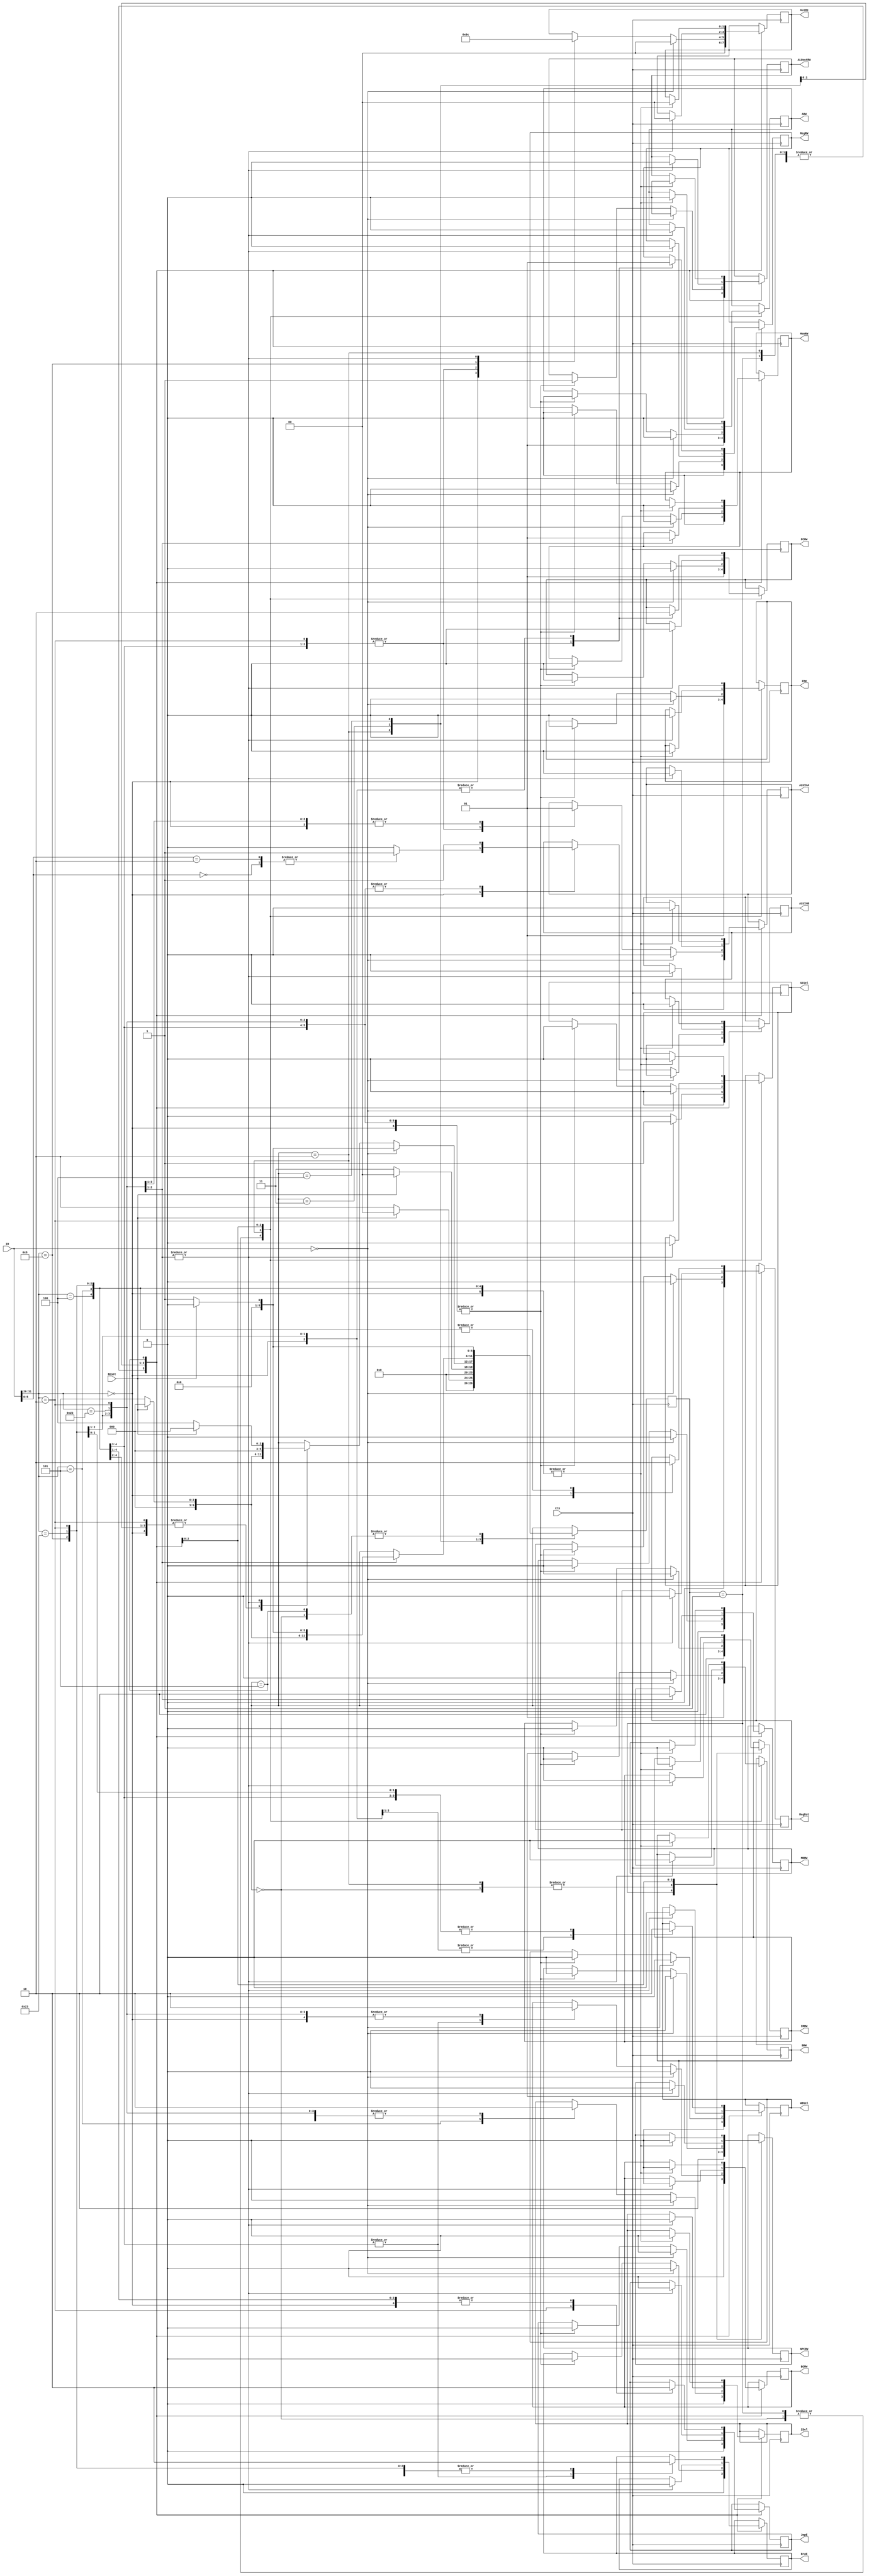
//`include "sdlx.h"
//`include "alu.h"

// Parameter declaration

`define BYTE            1:0
`define DATAWIDTH       2
`define ADDRWIDTH       2
`define DATA            `DATAWIDTH-1:0
`define ADDR            `ADDRWIDTH-1:0
`define REGWIDTH        4
`define RDDR            `REGWIDTH-1:0
`define MAXREGS         1<<`REGWIDTH
`define IMEMSIZE         4
`define DMEMSIZE        4
`define DATAWIDTH1      32
`define DATA1           `DATAWIDTH1-1:0
`define CLOCKPERIOD     20

// Instruction fields

`define OPCODE          IR[31:26]

// I-Type Instruction
`define IRS             IR[23:21]
`define IRD             IR[18:16]
`define IMM             IR[1:0]

// R-Type Instruction
`define RRS1            IR[23:21]
`define RRS2            IR[18:16]
`define RRD             IR[13:11]
`define SHAMT           IR[7:6]
`define FUNC            IR[5:0]

// J-Type Instruction
`define OFFSET          IR[1:0]

// Address modes

`define DSPLTYPE        0
`define IMMTYPE         1

// OPcode map

// OPcodes
`define NOP     00000000000000000000000000000000

`define FSEL    6'b000000
`define J       6'b000010
`define BEQZ    6'b000100
`define BNEZ    6'b000101
`define ADDI    6'b001000
`define LW      6'b100011
`define SW      6'b101011
`define HLT     6'b001101

// func
`define AND     6'b100100
`define OR      6'b100101
`define SLL     6'b000000
`define SRL     6'b000010
`define ADD     6'b100000
`define SUB     6'b100010
`define MUL     6'b011000

// Execution steps

`define IDLE    0
`define IF      1
`define ID      2
`define EX      3
`define MEM     4
`define WB      5

// Miscellaneous

`define TRUE            1
`define FALSE           0

`define LEFT            1
`define RIGHT           0

`define DB_ON           debug = 1
`define DB_OFF          debug = 0

`define ALUOPWIDTH      2
`define ALUO            `ALUOPWIDTH-1:0

`define MEMACC          2'b00
`define BRANCH          2'b01
`define RTYPE           2'b10
`define ITYPE           2'b11

// ALU actions

`define ALUCTRLWIDTH    3
`define ALUC            `ALUCTRLWIDTH-1:0

`define ALUAND          3'b000
`define ALUOR           3'b001
`define ALUADD          3'b010
`define ALUSUB          3'b011
`define ALUMUL          3'b100
`define ALUSHL          3'b101
`define ALUSHR          3'b110




module main(
	      IR,
	       
	       IRRW,
	       PCRW,
	       NPCRW,
	       ARW,
	       BRW,
	       IRW,
	       ALUoutRW,
	       MDRW,
	       BCRW,
	       ZSel,
	       BraE,
	       JmpE,
	       RegDst,
	       ALUInA,
	       ALUInB,
	       SESel,
	       WBSel,
	       ALUOp,
	       RegRW,
	       MemRW,
	       Reset,
	       Clk );

   input   [`DATA1] IR;
  // reg  [`DATA1] IR;
  
     
   // Internal Registers
   output 	   IRRW;
   output 	   PCRW;
   output 	   NPCRW;
   output 	   ARW;
   output 	   BRW;
   output 	   IRW;
   output 	   ALUoutRW;
   output 	   MDRW;
   output 	   BCRW;
   
   // MUXs
   output 	   ZSel;
   output 	   BraE;
   output 	   JmpE;
   output 	   RegDst;
   output 	   ALUInA;
   output 	   ALUInB;
   output 	   WBSel;
   
   // Sign Extension
   output 	SESel;
   
   // ALU
   output [`ALUO] ALUOp;
   
   // Register File
   output 	  RegRW;
   
   // Data memory
   output 	  MemRW;
   
   input 	  Reset, Clk;
   
   wire [5:0] 	  OPcode;
   reg 		  IRRW, PCRW, NPCRW, ARW, BRW, IRW, ALUoutRW, MDRW, BCRW;
   reg 		  ZSel, BraE, JmpE, RegDst, ALUInA, ALUInB, SESel, WBSel, RegRW, MemRW;
   reg [`ALUO] 	  ALUOp;
   
   reg [5:0] 	  State, NextState;

   reg 		  monitor_reset ;
   
   reg monitor_j ;
   reg monitor_sw;
   reg monitor_lw;
   reg monitor_nop;
   reg monitor_beqz;
   reg monitor_bnez;
   reg monitor_fsel;
   
   
   initial begin
      State     = `IDLE;
      NextState = `IDLE;
      ALUOp    = 2'b00;
      IRRW     = 0;
      PCRW     = 0;
      NPCRW    = 0;
      ARW      = 0;
      BRW      = 0;
      IRW      = 0;
      ALUoutRW = 0;
      MDRW     = 0;
      BCRW     = 0;
      ZSel     = 0;
      BraE     = 0;
      JmpE     = 0;
      RegDst   = 0;
      ALUInA   = 0;
      ALUInB   = 0;
      SESel    = 0;
      WBSel    = 0;
      RegRW    = 0;
      MemRW    = 0;
      monitor_reset = 0;
      monitor_j =0;
      monitor_sw=0;
      monitor_lw=0;
      monitor_nop=0;
      monitor_beqz=0;
      monitor_bnez=0;
      monitor_fsel=0;
      
      
    //  IR = 00100000000000010000000000000110;
      
   
   end
   
   
   always @(posedge Clk) begin
      monitor_reset=Reset;

      
      
      if(`OPCODE == `NOP)
	 monitor_nop=1;
      else
	 monitor_nop=0;
      
      if(`OPCODE == `LW)
	 monitor_lw =1;
      else
	 monitor_lw =0;
      
      if(`OPCODE == `SW)
	 monitor_sw = 1;
      else
	 monitor_sw = 0;
      
      
      if(`OPCODE == `J)
	 monitor_j = 1;
      else
	 monitor_j = 0;
      
     if(`OPCODE == `BEQZ)
	monitor_beqz = 1;
     else
	monitor_beqz = 0;

  
      if(`OPCODE == `BNEZ)
	 monitor_bnez = 1;
      else
	 monitor_bnez = 0;
      
      
      if(`OPCODE == `FSEL)
	 monitor_fsel = 1;
      else
	 monitor_fsel=0;
      
     State = NextState;


      
      case (State)
	`IDLE: begin
	   //             Outputvec(21'b000000000000000000000);
	   ALUOp    = 2'b00;
	   IRRW     = 0;
	   PCRW     = 0;
	   NPCRW    = 0;
	   ARW      = 0;
	   BRW      = 0;
	   IRW      = 0;
	   ALUoutRW = 0;
	   MDRW     = 0;
	   BCRW     = 0;
	   ZSel     = 0;
	   BraE     = 0;
	   JmpE     = 0;
	   RegDst   = 0;
	   ALUInA   = 0;
	   ALUInB   = 0;
	   SESel    = 0;
	   WBSel    = 0;
	   RegRW    = 0;
	   MemRW    = 0;
	   NextState = Reset ? `IDLE : `IF;
	end // case: `IDLE
	
	`IF:   begin
	   // IR  <- IMEM[PC]
	   // NPC <- [PC] + 4
	   //           OutputVec(21'b001010000000000000000);
	   ALUOp    = 2'b00;
	   IRRW     = 1;
	   PCRW     = 0;
	   NPCRW    = 1;
	   ARW      = 0;
	   BRW      = 0;
	   IRW      = 0;
	   ALUoutRW = 0;
	   MDRW     = 0;
	   BCRW     = 0;
	   ZSel     = 0;
	   BraE     = 0;
	   JmpE     = 0;
	   RegDst   = 0;
	   ALUInA   = 0;
	   ALUInB   = 0;
	   SESel    = 0;
	   WBSel    = 0;
	   RegRW    = 0;
	   MemRW    = 0;
	   NextState = Reset ? `IDLE : `ID;
	end
	`ID:   begin
        
       
	   // A  <- Reg[IRS]
	   // B  <- Reg[IRD]
	   // I  <- signext ## IMM
	   // PC <- NPC
	   if (`OPCODE == `J)  // I <- signext ## IR[25:0]
	      begin
                // OutputVec(21'b000101110000000001000);
		 ALUOp    = 2'b00;
		 IRRW     = 0;
		 PCRW     = 1;
		 NPCRW    = 0;
		 ARW      = 1;
		 BRW      = 1;
		 IRW      = 1;
		 ALUoutRW = 0;
		 MDRW     = 0;
		 BCRW     = 0;
		 ZSel     = 0;
		 BraE     = 0;
		 JmpE     = 0;
		 RegDst   = 0;
		 ALUInA   = 0;
		 ALUInB   = 0;
		 SESel    = 1;
		 WBSel    = 0;
		 RegRW    = 0;
		 MemRW    = 0;
	      end
	   else                   // I <- signext ## IR[15:0]
	      //   OutputVec(21'b000101110000000000000);
	      
	      begin
		 ALUOp    = 2'b00;
		 IRRW     = 0;
		 PCRW     = 1;
		 NPCRW    = 0;
		 ARW      = 1;
		 BRW      = 1;
		 IRW      = 1;
		 ALUoutRW = 0;
		 MDRW     = 0;
		 BCRW     = 0;
		 ZSel     = 0;
		 BraE     = 0;
		 JmpE     = 0;
		 RegDst   = 0;
		 ALUInA   = 0;
		 ALUInB   = 0;
		 SESel    = 0;
		 WBSel    = 0;
		 RegRW    = 0;
		 MemRW    = 0;
	      end
	   NextState = Reset ? `IDLE : `EX;
	end
	`EX:   begin
	   
	   if (IR == `NOP) 
	      
	      //   OutputVec(21'b000000000000000000000);
	      begin
		 ALUOp    = 2'b00;
		 IRRW     = 0;
		 PCRW     = 0;
		 NPCRW    = 0;
		 ARW      = 0;
		 BRW      = 0;
		 IRW      = 0;
		 ALUoutRW = 0;
		 MDRW     = 0;
		 BCRW     = 0;
		 ZSel     = 0;
		 BraE     = 0;
		 JmpE     = 0;
		 RegDst   = 0;
		 ALUInA   = 0;
		 ALUInB   = 0;
		 SESel    = 0;
		 WBSel    = 0;
		 RegRW    = 0;
		 MemRW    = 0;  	
		 NextState = Reset ? `IDLE : `IF;
	      end
	   else begin
	      case (`OPCODE)
		`FSEL: begin
		   
		   // ALUout <- [A] op [B]
		   case (`FUNC)
		     `SLL: 
			//OutputVec({`RTYPE,19'b0000001000000110000});
			begin
			   ALUOp    = 2'b10;
			   IRRW     = 0;
			   PCRW     = 0;
			   NPCRW    = 0;
			   ARW      = 0;
			   BRW      = 0;
			   IRW      = 0;
			   ALUoutRW = 1;
			   MDRW     = 0;
			   BCRW     = 0;
			   ZSel     = 0;
			   BraE     = 0;
			   JmpE     = 0;
			   RegDst   = 0;
			   ALUInA   = 1;
			   ALUInB   = 1;
			   SESel    = 0;
			   WBSel    = 0;
			   RegRW    = 0;
			   MemRW    = 0;
			end
		     `SRL: 
			//OutputVec({`RTYPE,19'b0000001000000110000});
			begin
			   ALUOp    = 2'b10;
			   IRRW     = 0;
			   PCRW     = 0;
			   NPCRW    = 0;
			   ARW      = 0;
			   BRW      = 0;
			   IRW      = 0;
			   ALUoutRW = 1;
			   MDRW     = 0;
			   BCRW     = 0;
			   ZSel     = 0;
			   BraE     = 0;
			   JmpE     = 0;
			   RegDst   = 0;
			   ALUInA   = 1;
			   ALUInB   = 1;
			   SESel    = 0;
			   WBSel    = 0;
			   RegRW    = 0;
			   MemRW    = 0;
			end
		     default:
			//OutputVec({`RTYPE,19'b0000001000000100000});
			begin
			   ALUOp    = 2'b10;
			   IRRW     = 0;
			   PCRW     = 0;
			   NPCRW    = 0;
			   ARW      = 0;
			   BRW      = 0;
			   IRW      = 0;
			   ALUoutRW = 1;
			   MDRW     = 0;
			   BCRW     = 0;
			   ZSel     = 0;
			   BraE     = 0;
			   JmpE     = 0;
			   RegDst   = 0;
			   ALUInA   = 1;
			   ALUInB   = 0;
			   SESel    = 0;
			   WBSel    = 0;
			   RegRW    = 0;
			   MemRW    = 0;
			end
		   endcase
		   NextState = Reset ? `IDLE : `WB;
		end
		`J: begin
	
	   
		   // ALUout <- [NPC] + [Imm]
		   // OutputVec({`BRANCH,19'b0000001000000010000});
		   ALUOp    = 2'b01;
		   IRRW     = 0;
		   PCRW     = 0;
		   NPCRW    = 0;
		   ARW      = 0;
		   BRW      = 0;
		   IRW      = 0;
		   ALUoutRW = 1;
		   MDRW     = 0;
		   BCRW     = 0;
		   ZSel     = 0;
		   BraE     = 0;
		   JmpE     = 0;
		   RegDst   = 0;
		   ALUInA   = 0;
		   ALUInB   = 1;
		   SESel    = 0;
		   WBSel    = 0;
		   RegRW    = 0;
		   MemRW    = 0;
		   NextState = Reset ? `IDLE : `WB;
		end
		`BEQZ: begin
		   
		   // ALUout <- ([A] == 0) ? [NPC] + [Imm] : [NPC]
		   //putVec({`BRANCH,19'b0000001010000010000});
		   ALUOp    = 2'b01;
		   IRRW     = 0;
		   PCRW     = 0;
		   NPCRW    = 0;
		   ARW      = 0;
		   BRW      = 0;
		   IRW      = 0;
		   ALUoutRW = 1;
		   MDRW     = 0;
		   BCRW     = 1;
		   ZSel     = 0;
		   BraE     = 0;
		   JmpE     = 0;
		   RegDst   = 0;
		   ALUInA   = 0;
		   ALUInB   = 1;
		   SESel    = 0;
		   WBSel    = 0;
		   RegRW    = 0;
		   MemRW    = 0;
		   NextState = Reset ? `IDLE : `WB;
		end
		`BNEZ: begin
		
   
		   // ALUout <- ([A] != 0) ? [NPC] + [Imm] : [NPC]
		   //  OutputVec({`BRANCH,19'b0000001011000010000});
		   ALUOp    = 2'b01;
		   IRRW     = 0;
		   PCRW     = 0;
		   NPCRW    = 0;
		   ARW      = 0;
		   BRW      = 0;
		   IRW      = 0;
		   ALUoutRW = 1;
		   MDRW     = 0;
		   BCRW     = 1;
		   ZSel     = 1;
		   BraE     = 0;
		   JmpE     = 0;
		   RegDst   = 0;
		   ALUInA   = 0;
		   ALUInB   = 1;
		   SESel    = 0;
		   WBSel    = 0;
		   RegRW    = 0;
		   MemRW    = 0;
		   NextState = Reset ? `IDLE : `WB;
		end
		`ADDI: begin
		
   
		   // ALUout <- [RS] + [Imm]
		   // OutputVec({`ITYPE,19'b0000001000000110000});
		   ALUOp    = 2'b11;
		   IRRW     = 0;
		   PCRW     = 0;
		   NPCRW    = 0;
		   ARW      = 0;
		   BRW      = 0;
		   IRW      = 0;
		   ALUoutRW = 1;
		   MDRW     = 0;
		   BCRW     = 0;
		   ZSel     = 0;
		   BraE     = 0;
		   JmpE     = 0;
		   RegDst   = 0;
		   ALUInA   = 1;
		   ALUInB   = 1;
		   SESel    = 0;
		   WBSel    = 0;
		   RegRW    = 0;
		   MemRW    = 0;
		   NextState = Reset ? `IDLE : `WB;
		end
		`LW: begin
		
   
		   // ALUout <- [RS]+[Imm]
		   //   OutputVec({`MEMACC,19'b0000001000000110000});
		   ALUOp    = 2'b00;
		   IRRW     = 0;
		   PCRW     = 0;
		   NPCRW    = 0;
		   ARW      = 0;
		   BRW      = 0;
		   IRW      = 0;
		   ALUoutRW = 1;
		   MDRW     = 0;
		   BCRW     = 0;
		   ZSel     = 0;
		   BraE     = 0;
		   JmpE     = 0;
		   RegDst   = 0;
		   ALUInA   = 1;
		   ALUInB   = 1;
		   SESel    = 0;
		   WBSel    = 0;
		   RegRW    = 0;
		   MemRW    = 0;
		   
		   NextState = Reset ? `IDLE : `MEM;
		end
		`SW: begin
		   
		   // ALUout <- [RS]+[Imm]
		   //   OutputVec({`MEMACC,19'b0000001000000110000});
		   
		   ALUOp    = 2'b00;
		   IRRW     = 0;
		   PCRW     = 0;
		   NPCRW    = 0;
		   ARW      = 0;
		   BRW      = 0;
		   IRW      = 0;
		   ALUoutRW = 1;
		   MDRW     = 0;
		   BCRW     = 0;
		   ZSel     = 0;
		   BraE     = 0;
		   JmpE     = 0;
		   RegDst   = 0;
		   ALUInA   = 1;
		   ALUInB   = 1;
		   SESel    = 0;
		   WBSel    = 0;
		   RegRW    = 0;
		   MemRW    = 0;
		   
		   NextState = Reset ? `IDLE : `MEM;
		end
		`HLT: begin
		   
		end
		default: begin
		   
		end
	      endcase
	   end
	end
	`MEM:  begin
	   
	   case (`OPCODE)
	     `LW: begin
		//  OutputVec(21'b000000000100000000000);
		// MD <- DMEM[ALUout]
		ALUOp    = 2'b00;
		IRRW     = 0;
		PCRW     = 0;
		NPCRW    = 0;
		ARW      = 0;
		BRW      = 0;
		IRW      = 0;
 		ALUoutRW = 0;
		MDRW     = 1;
		BCRW     = 0;
		ZSel     = 0;
		BraE     = 0;
		JmpE     = 0;
		RegDst   = 0;
		ALUInA   = 0;
		ALUInB   = 0;
		SESel    = 0;
		WBSel    = 0;
		RegRW    = 0;
		MemRW    = 0;
		NextState = Reset ? `IDLE : `WB;
	     end // case: `LW
	     
	     `SW: begin
		// OutputVec(21'b000000000000000000001);
		ALUOp    = 2'b00;
		IRRW     = 0;
		PCRW     = 0;
		NPCRW    = 0;
		ARW      = 0;
		BRW      = 0;
		IRW      = 0;
		ALUoutRW = 0;
		MDRW     = 0;
		BCRW     = 0;
		ZSel     = 0;
		BraE     = 0;
		JmpE     = 0;
		RegDst   = 0;
		ALUInA   = 0;
		ALUInB   = 0;
   		SESel    = 0;
		WBSel    = 0;
		RegRW    = 0;
   		MemRW    = 1;
                          // DMEM[ALUout] <- [RD]
		NextState = Reset ? `IDLE : `IF;
	     end
	   endcase
	end
	`WB:   begin
	   case (`OPCODE)
	     `FSEL: begin
		
		// RD <- [ALUout]
		//OutputVec(21'b000000000000001000110);
		ALUOp    = 2'b00;
		IRRW     = 0;
   		PCRW     = 0;
   		NPCRW    = 0;
   		ARW      = 0;
   		BRW      = 0;
   		IRW      = 0;
   		ALUoutRW = 0;
   		MDRW     = 0;
   		BCRW     = 0;
   		ZSel     = 0;
   		BraE     = 0;
   		JmpE     = 0;
   		RegDst   = 1;
   		ALUInA   = 0;
   		ALUInB   = 0;
   		SESel    = 0;
   		WBSel    = 1;
   		RegRW    = 1;
   		MemRW    = 0;
		
	     end
	     `J: begin
		
		// Jump completion: could be in MEM too
		// PC <- [ALUout]
		//  OutputVec(21'b000100000000010000000);
		ALUOp    = 2'b00;
		IRRW     = 0;
   		PCRW     = 1;
   		NPCRW    = 0;
   		ARW      = 0;
   		BRW      = 0;
   		IRW      = 0;
   		ALUoutRW = 0;
   		MDRW     = 0;
   		BCRW     = 0;
   		ZSel     = 0;
   		BraE     = 0;
   		JmpE     = 1;
   		RegDst   = 0;
   		ALUInA   = 0;
   		ALUInB   = 0;
   		SESel    = 0;
   		WBSel    = 0;
   		RegRW    = 0;
		MemRW    = 0;
	     end
	     `BEQZ: begin
		
		// Branch completion: could be in MEM too
		// PC <- [ALUout]
		//  OutputVec(21'b000100000000100000000);
		ALUOp    = 2'b00;
		IRRW     = 0;
		PCRW     = 1;
		NPCRW    = 0;
		ARW      = 0;
   		BRW      = 0;
   		IRW      = 0;
   		ALUoutRW = 0;
   		MDRW     = 0;
   		BCRW     = 0;
   		ZSel     = 0;
   		BraE     = 1;
   		JmpE     = 0;
   		RegDst   = 0;
   		ALUInA   = 0;
   		ALUInB   = 0;
   		SESel    = 0;
   		WBSel    = 0;
   		RegRW    = 0;
   		MemRW    = 0;
	     end
	     `BNEZ: begin
		
		// Branch completion: could be in MEM too
		// PC <- [ALUout]
		//  OutputVec(21'b000100000000100000000);
		ALUOp    = 2'b00;
		IRRW     = 0;
		PCRW     = 1;
		NPCRW    = 0;
		ARW      = 0;
		BRW      = 0;
		IRW      = 0;
   		ALUoutRW = 0;
   		MDRW     = 0;
   		BCRW     = 0;
   		ZSel     = 0;
   		BraE     = 1;
   		JmpE     = 0;
   		RegDst   = 0;
   		ALUInA   = 0;
   		ALUInB   = 0;
   		SESel    = 0;
   		WBSel    = 0;
   		RegRW    = 0;
   		MemRW    = 0;
	     end
	     `ADDI: begin
		
		// RD <- [ALUout]
		// OutputVec(21'b000000000000000000110);
		ALUOp    = 2'b00;
		IRRW     = 0;
   		PCRW     = 0;
   		NPCRW    = 0;
   		ARW      = 0;
   		BRW      = 0;
   		IRW      = 0;
   		ALUoutRW = 0;
   		MDRW     = 0;
   		BCRW     = 0;
   		ZSel     = 0;
   		BraE     = 0;
   		JmpE     = 0;
   		RegDst   = 0;
   		ALUInA   = 0;
   		ALUInB   = 0;
   		SESel    = 0;
   		WBSel    = 1;
   		RegRW    = 1;
   		MemRW    = 0;
	     end
	     `LW: begin
		
		// RD <- [MD]
		// OutputVec(21'b000000000000000000010);
		ALUOp    = 2'b00;
		IRRW     = 0;
		PCRW     = 0;
   		NPCRW    = 0;
   		ARW      = 0;
   		BRW      = 0;
   		IRW      = 0;
   		ALUoutRW = 0;
   		MDRW     = 0;
   		BCRW     = 0;
   		ZSel     = 0;
   		BraE     = 0;
   		JmpE     = 0;
   		RegDst   = 0;
   		ALUInA   = 0;
   		ALUInB   = 0;
   		SESel    = 0;
   		WBSel    = 0;
   		RegRW    = 1;
   		MemRW    = 0;
	     end
	   endcase
	   NextState = Reset ? `IDLE : `IF;
	end
	default: begin
	   
	end
      endcase
   end
   

//always begin

//assert prop: (~((State[0]==0) & (State[1]==1) & (State[2]==0) & (monitor_nop==0)) | ((ARW==1) & (BRW==1) &(RegRW==0)& (IRW==1)&(IRRW==0)&(PCRW==1) & (NPCRW==0)&(ALUoutRW==0) & (MDRW==0)&(BCRW==0)));

//end

endmodule /* Control */